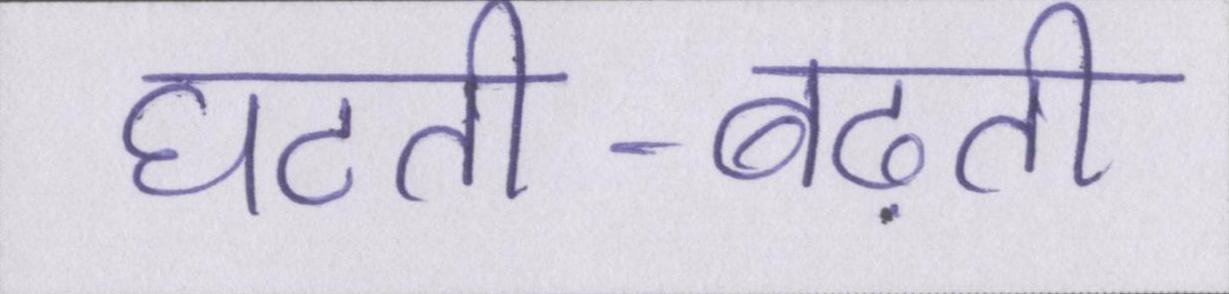
घटती-बढ़ती